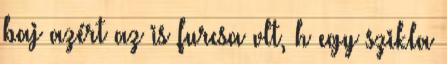
baj azért az is furcsa vlt, h egy szikla